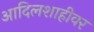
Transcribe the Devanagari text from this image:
आदिलशाहीवर